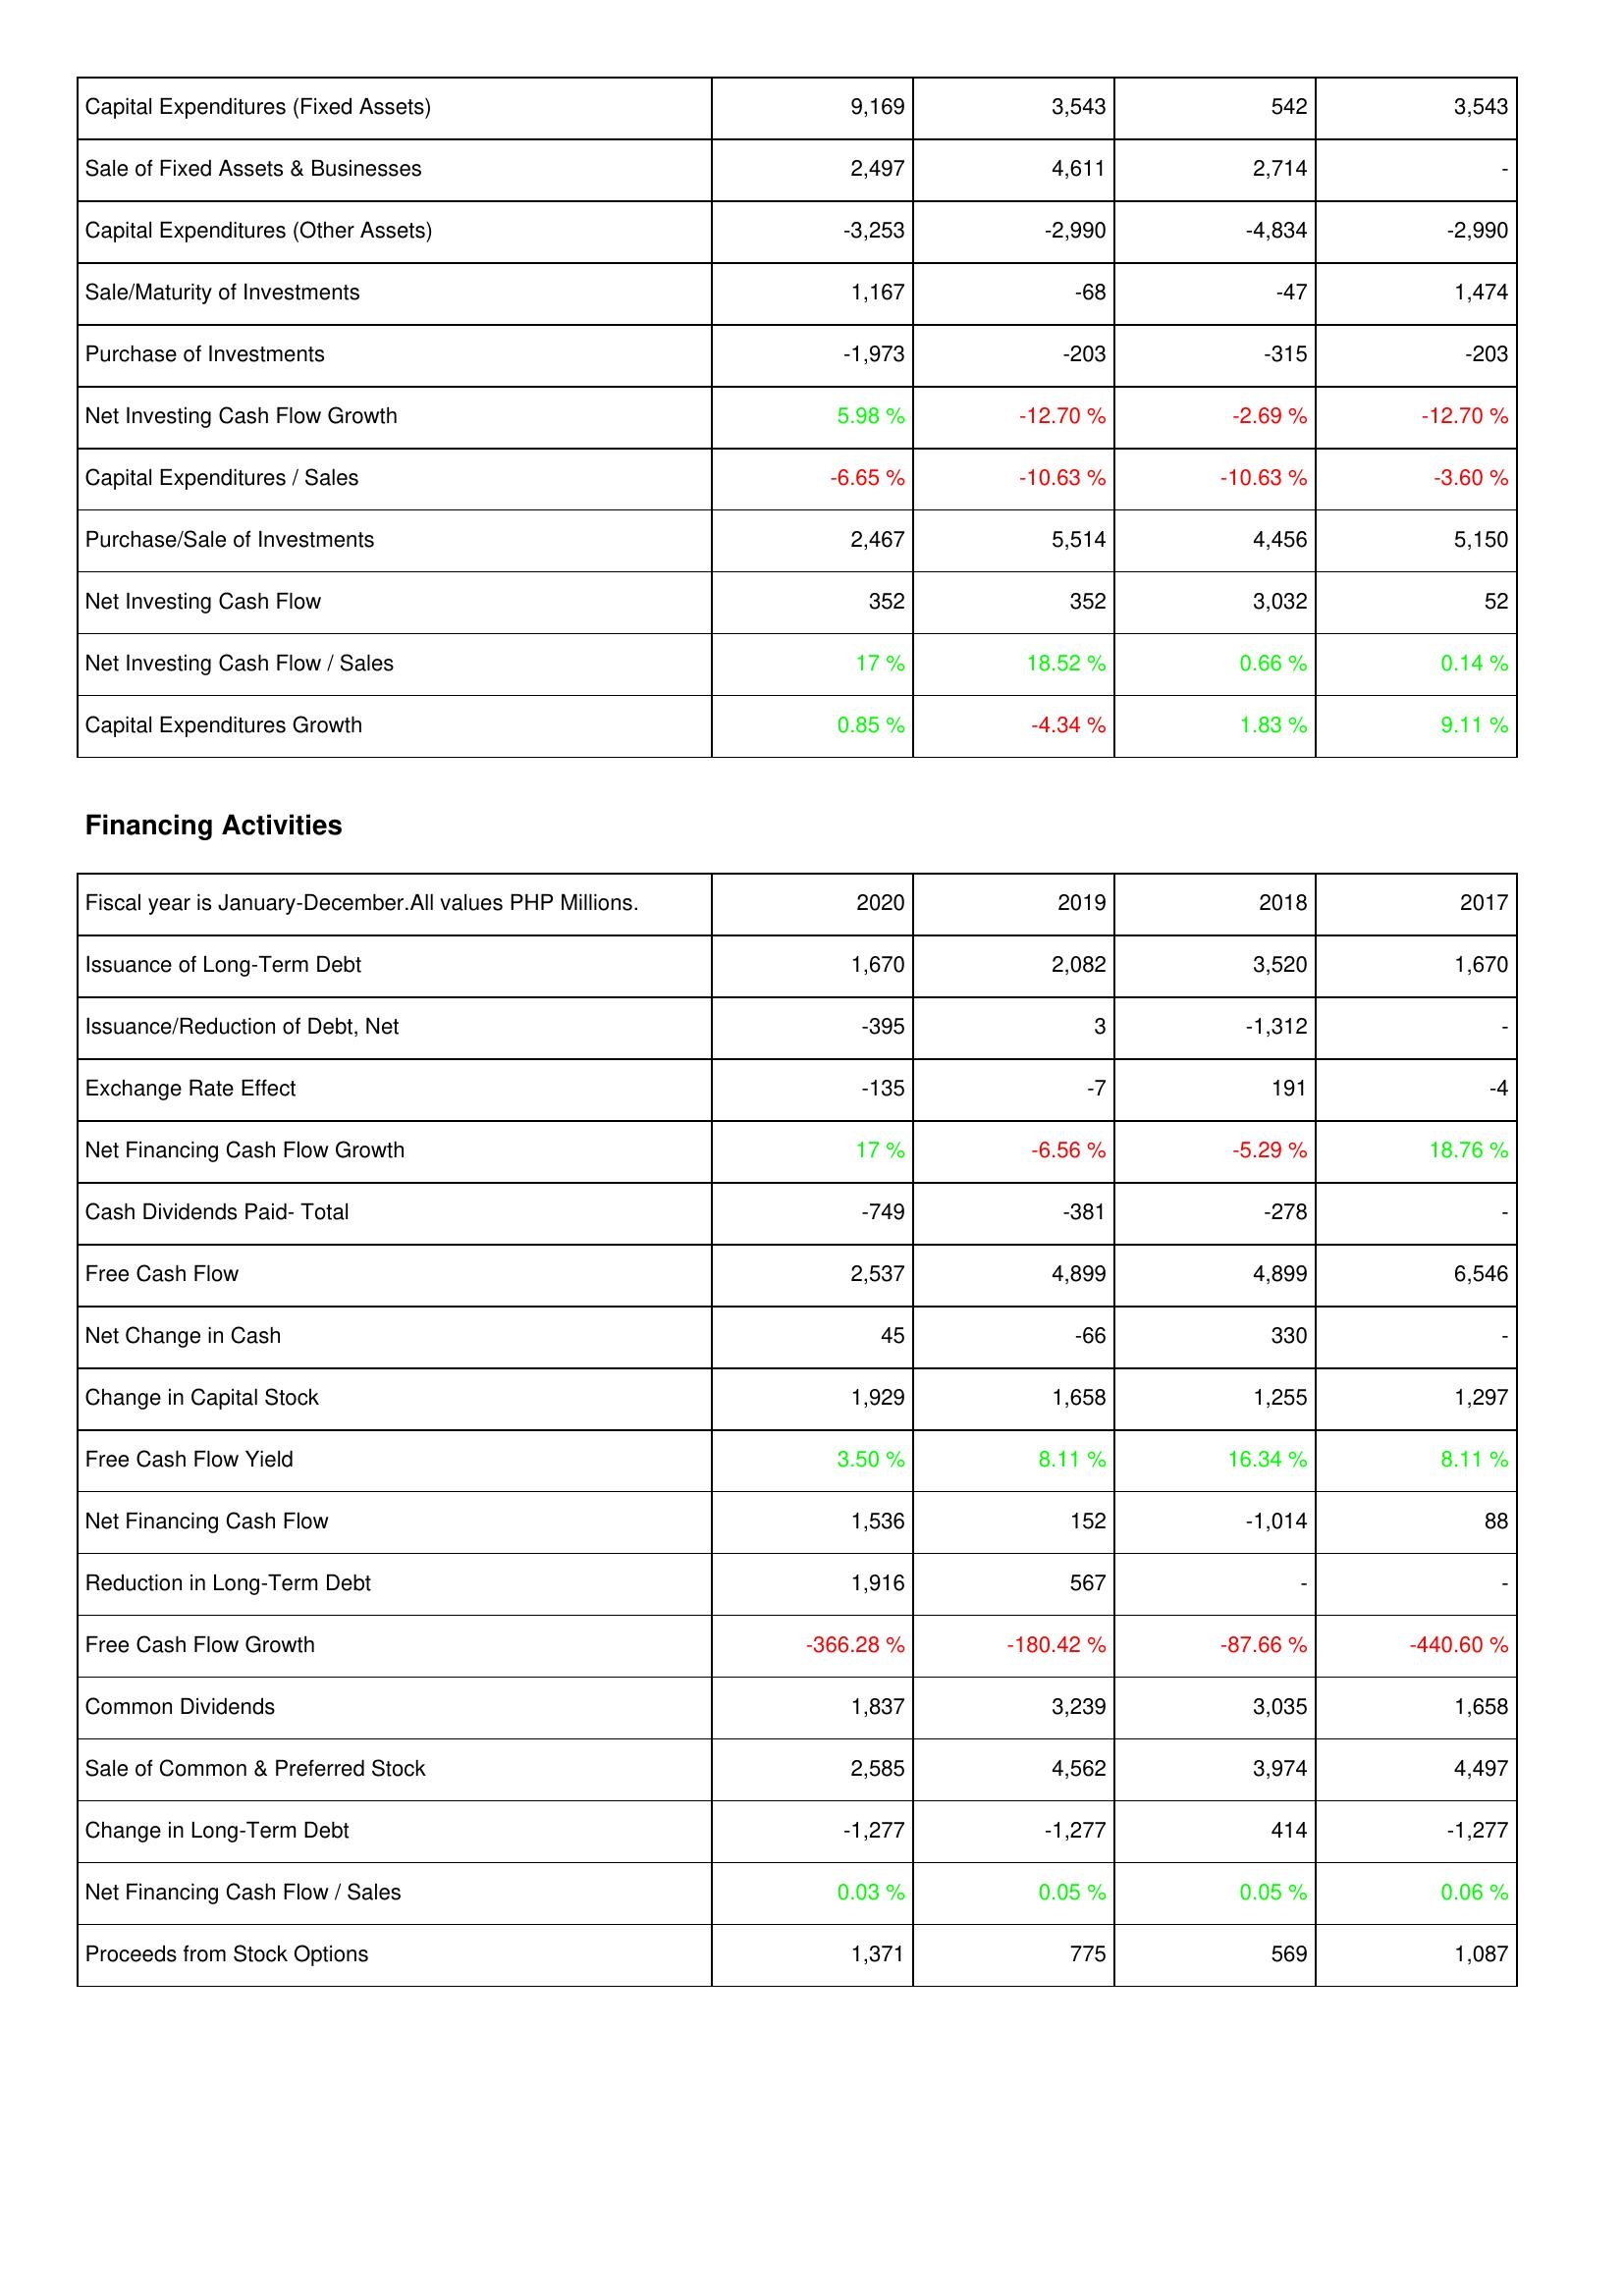
2020: Investing Activities: Capital Expenditures (Fixed Assets): 9,169
Sale of Fixed Assets & Businesses: 2,497
Capital Expenditures (Other Assets): -3,253
Sale/Maturity of Investments: 1,167
Purchase of Investments: -1,973
Net Investing Cash Flow Growth: 5.98 %
Capital Expenditures / Sales: -6.65 %
Purchase/Sale of Investments: 2,467
Net Investing Cash Flow: 352
Net Investing Cash Flow / Sales: 17 %
Capital Expenditures Growth: 0.85 %
Financing Activities: Issuance of Long-Term Debt: 1,670
Issuance/Reduction of Debt, Net: -395
Exchange Rate Effect: -135
Net Financing Cash Flow Growth: 17 %
Cash Dividends Paid- Total: -749
Free Cash Flow: 2,537
Net Change in Cash: 45
Change in Capital Stock: 1,929
Free Cash Flow Yield: 3.50 %
Net Financing Cash Flow: 1,536
Reduction in Long-Term Debt: 1,916
Free Cash Flow Growth: -366.28 %
Common Dividends: 1,837
Sale of Common & Preferred Stock: 2,585
Change in Long-Term Debt: -1,277
Net Financing Cash Flow / Sales: 0.03 %
Proceeds from Stock Options: 1,371
2019: Investing Activities: Capital Expenditures (Fixed Assets): 3,543
Sale of Fixed Assets & Businesses: 4,611
Capital Expenditures (Other Assets): -2,990
Sale/Maturity of Investments: -68
Purchase of Investments: -203
Net Investing Cash Flow Growth: -12.70 %
Capital Expenditures / Sales: -10.63 %
Purchase/Sale of Investments: 5,514
Net Investing Cash Flow: 352
Net Investing Cash Flow / Sales: 18.52 %
Capital Expenditures Growth: -4.34 %
Financing Activities: Issuance of Long-Term Debt: 2,082
Issuance/Reduction of Debt, Net: 3
Exchange Rate Effect: -7
Net Financing Cash Flow Growth: -6.56 %
Cash Dividends Paid- Total: -381
Free Cash Flow: 4,899
Net Change in Cash: -66
Change in Capital Stock: 1,658
Free Cash Flow Yield: 8.11 %
Net Financing Cash Flow: 152
Reduction in Long-Term Debt: 567
Free Cash Flow Growth: -180.42 %
Common Dividends: 3,239
Sale of Common & Preferred Stock: 4,562
Change in Long-Term Debt: -1,277
Net Financing Cash Flow / Sales: 0.05 %
Proceeds from Stock Options: 775
2018: Investing Activities: Capital Expenditures (Fixed Assets): 542
Sale of Fixed Assets & Businesses: 2,714
Capital Expenditures (Other Assets): -4,834
Sale/Maturity of Investments: -47
Purchase of Investments: -315
Net Investing Cash Flow Growth: -2.69 %
Capital Expenditures / Sales: -10.63 %
Purchase/Sale of Investments: 4,456
Net Investing Cash Flow: 3,032
Net Investing Cash Flow / Sales: 0.66 %
Capital Expenditures Growth: 1.83 %
Financing Activities: Issuance of Long-Term Debt: 3,520
Issuance/Reduction of Debt, Net: -1,312
Exchange Rate Effect: 191
Net Financing Cash Flow Growth: -5.29 %
Cash Dividends Paid- Total: -278
Free Cash Flow: 4,899
Net Change in Cash: 330
Change in Capital Stock: 1,255
Free Cash Flow Yield: 16.34 %
Net Financing Cash Flow: -1,014
Reduction in Long-Term Debt: -
Free Cash Flow Growth: -87.66 %
Common Dividends: 3,035
Sale of Common & Preferred Stock: 3,974
Change in Long-Term Debt: 414
Net Financing Cash Flow / Sales: 0.05 %
Proceeds from Stock Options: 569
2017: Investing Activities: Capital Expenditures (Fixed Assets): 3,543
Sale of Fixed Assets & Businesses: -
Capital Expenditures (Other Assets): -2,990
Sale/Maturity of Investments: 1,474
Purchase of Investments: -203
Net Investing Cash Flow Growth: -12.70 %
Capital Expenditures / Sales: -3.60 %
Purchase/Sale of Investments: 5,150
Net Investing Cash Flow: 52
Net Investing Cash Flow / Sales: 0.14 %
Capital Expenditures Growth: 9.11 %
Financing Activities: Issuance of Long-Term Debt: 1,670
Issuance/Reduction of Debt, Net: -
Exchange Rate Effect: -4
Net Financing Cash Flow Growth: 18.76 %
Cash Dividends Paid- Total: -
Free Cash Flow: 6,546
Net Change in Cash: -
Change in Capital Stock: 1,297
Free Cash Flow Yield: 8.11 %
Net Financing Cash Flow: 88
Reduction in Long-Term Debt: -
Free Cash Flow Growth: -440.60 %
Common Dividends: 1,658
Sale of Common & Preferred Stock: 4,497
Change in Long-Term Debt: -1,277
Net Financing Cash Flow / Sales: 0.06 %
Proceeds from Stock Options: 1,087